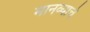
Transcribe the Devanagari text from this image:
मानव्याचे